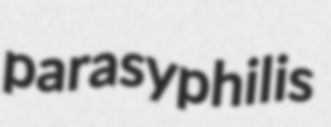
parasyphilis